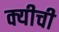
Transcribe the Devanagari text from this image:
क्यीची